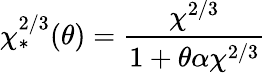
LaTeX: \chi_{*}^{2/3}(\theta)=\frac{\chi^{2/3}}{1+\theta\alpha\chi^{2/3}}